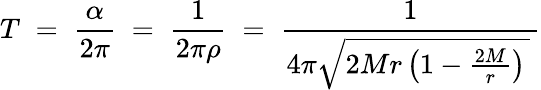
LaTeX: T\; =\; {\frac{\alpha}{2\pi}}\; =\; {\frac{1}{2\pi\rho}}\; =\; {\frac{1}{4\pi{\sqrt{2Mr\left(1-{\frac{2M}{r}}\right)\, }}\, }}